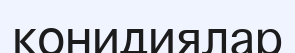
конидиялар